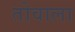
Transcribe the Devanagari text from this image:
तोवाला